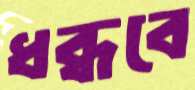
ধব্‌ধবে